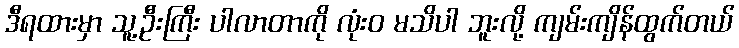
ဒီရထားမှာ သူ့ဦးကြီး ပါလာတာကို လုံးဝ မသိပါ ဘူးလို့ ကျမ်းကျိန်ထွက်တယ်